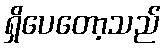
ရှိပေတော့သည်